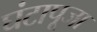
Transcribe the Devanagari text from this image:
घंटापूजा